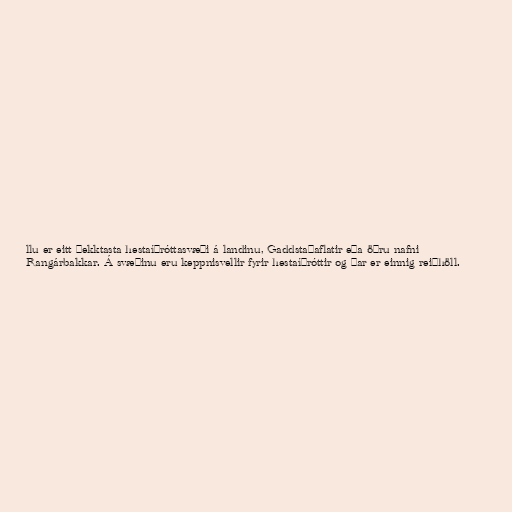
llu er eitt þekktasta hestaíþróttasvæði á landinu, Gaddstaðaflatir eða öðru nafni
Rangárbakkar. Á svæðinu eru keppnisvellir fyrir hestaíþróttir og þar er einnig reiðhöll.